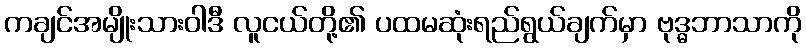
ကချင်အမျိုးသားဝါဒီ လူငယ်တို့၏ ပထမဆုံးရည်ရွယ်ချက်မှာ ဗုဒ္ဓဘာသာကို